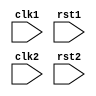
module multirate_timer(
    input wire clk1,
    input wire rst1,
    input wire clk2,
    input wire rst2,
    // Add more clock domains as needed
    
    // Add input/output ports for timer modules
    
    // Define timer modules for each clock domain
    // Include count and compare logic
    
    // Synchronization logic for handling clock domain crossing issues
    
    // Additional logic for ensuring proper timing synchronization
);

// Define module implementation here

endmodule